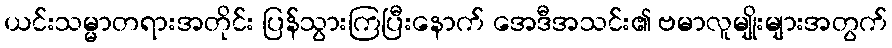
ယင်းသမ္မာတရားအတိုင်း ပြန်သွားကြပြီးနောက် အေဒီအသင်း၏ ဗမာလူမျိုးများအတွက်